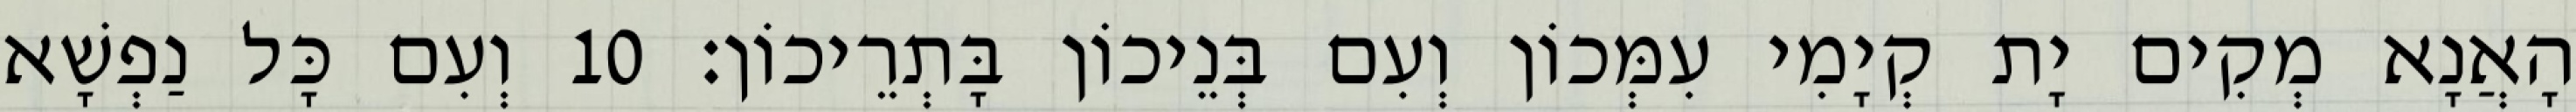
הָאֲנָא מְקִים יָת קְיָמִי עִמְּכוֹן וְעִם בְּנֵיכוֹן בָּתְרֵיכוֹן׃ 10 וְעִם כָּל נַפְשָׁא